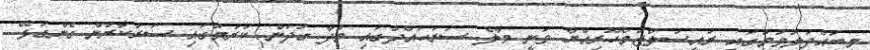
މިބައްދަލުވުމުގައި ރައީސުލްޖުމްހޫރިއްޔާ ވަނީ މާލެ ސަރަހައްދުގައި މުދާ ގުދަން ކުރުމުގައި ސަރުކާރުން ގެންގުޅޭ